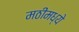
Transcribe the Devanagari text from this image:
मठीमध्ये